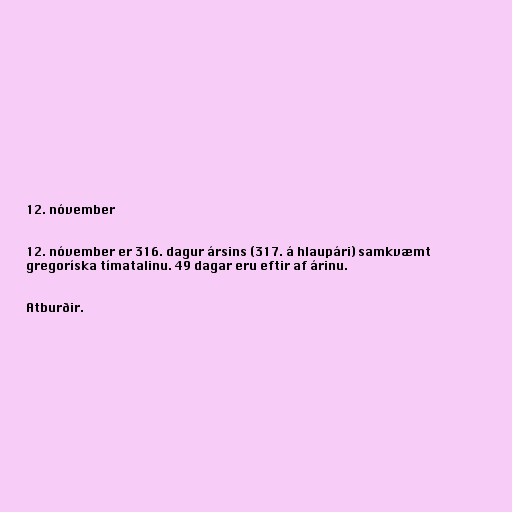
12. nóvember

12. nóvember er 316. dagur ársins (317. á hlaupári) samkvæmt
gregoríska tímatalinu. 49 dagar eru eftir af árinu.

Atburðir.